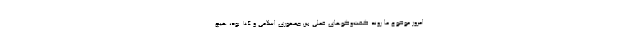
امروز موضوع ما روند گفت‌وگوهای فعلی بین جمهوری اسلامی و ۴+۱ بود، هیچ